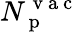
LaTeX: N_{\mathrm{~p~}}^{\mathrm{~v~a~c~}}